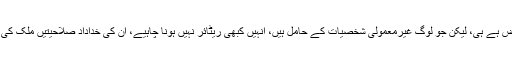
نوجوان نسل کے لئے کام کرنا تو حکومت کا فرض ہے ہی، لیکن جو لوگ غیرمعمولی شخصیات کے حامل ہیں، انہیں کبھی ریٹائر نہیں ہونا چاہیے، ان کی خداداد صلاحیتیں ملک کی ترقی کے لئے ہمیشہ استعمال ہوتی رہنی چاہئیں۔